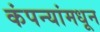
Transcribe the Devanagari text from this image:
कंपन्यांमधून